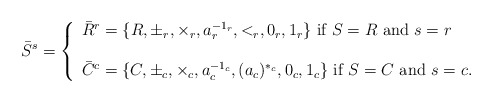
\begin{align*}\bar{S}^{s}= \left\{\begin{array}{l}\bar{R}^{r}=\{R,\pm_{r},\times_{r} ,a_{r}^{-1_{r}},<_{r},0_{r}, 1_{r}\}\mbox{ if $S=R$ and $s=r$}\\\\\bar{C}^{c}=\{C, \pm_{c},\times_{c}, a_{c}^{-1_{c}},(a_{c})^{*_{c}},0_{c},1_{c}\}\mbox{ if $S=C$ and $s=c$}.\end{array}\right.\end{align*}